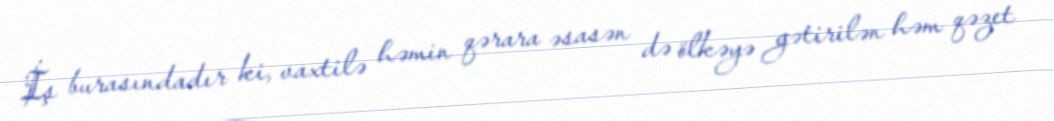
İş burasındadır ki, vaxtilə həmin qərara əsasən də ölkəyə gətirilən həm qəzet